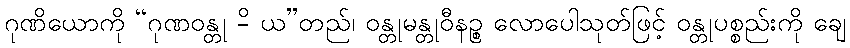
ဂုဏိယောကို “ဂုဏဝန္တု -ိ ယ”တည်၊ ဝန္တုမန္တုဝီနဉ္စ လောပေါသုတ်ဖြင့် ဝန္တုပစ္စည်းကို ချေ